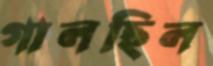
গালছিল